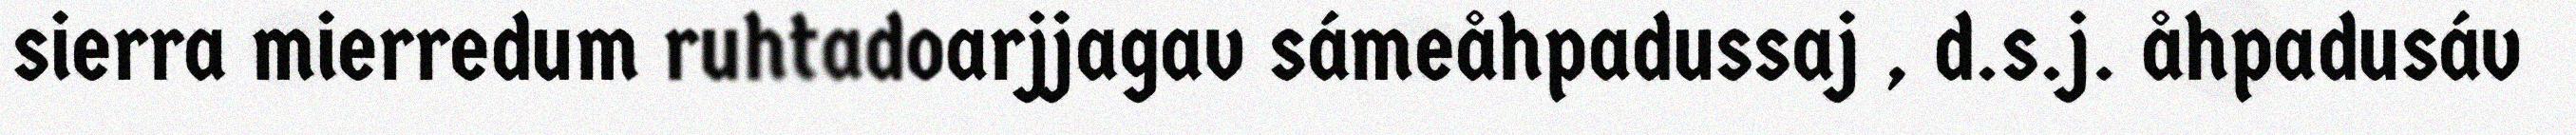
sierra mierredum ruhtadoarjjagav sámeåhpadussaj , d.s.j. åhpadusáv